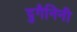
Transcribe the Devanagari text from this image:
ट्रुगैनिनी